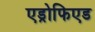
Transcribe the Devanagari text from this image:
एड्रोफिएड